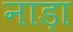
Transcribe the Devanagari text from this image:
नाड़ा